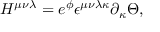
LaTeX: H ^ { \mu \nu \lambda } = e ^ { \phi } \epsilon ^ { \mu \nu \lambda \kappa } \partial _ { \kappa } \Theta ,